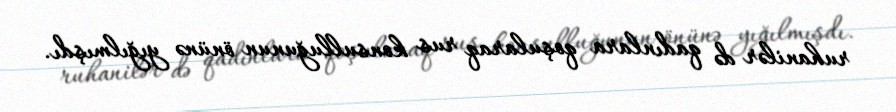
ruhanilər də qadınlara qoşularaq rus konsulluğunun önünə yığılmışdı.